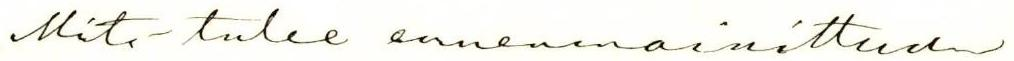
Mitä tulee ennenmainittuun